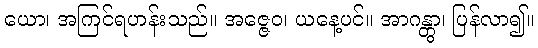
ယော၊ အကြင်ရဟန်းသည်။ အဇ္ဇေဝ၊ ယနေ့ပင်။ အာဂန္တွာ၊ ပြန်လာ၍။